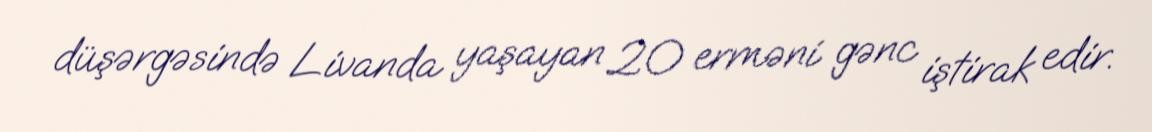
düşərgəsində Livanda yaşayan 20 erməni gənc iştirak edir.